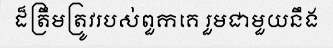
ដ៏ត្រឹមត្រូវរបស់ពួកគេ រួមជាមួយនឹង